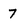
Character: 7